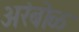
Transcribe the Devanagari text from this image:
अरंबोळ